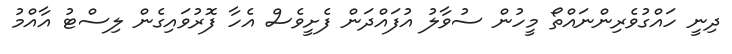
ދިނީ ހައްގުވެރިންނައްތޯ މީހުން ސުވާލު އުފައްދަން ފެށީވެސް އެހާ ފޮރުވައިގެން ލިސްޓު އާއްމު